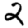
Digit: 2